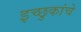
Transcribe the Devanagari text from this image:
इच्छुकांचे